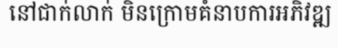
នៅជាក់លាក់ មិនក្រោមគំនាបការអភិវឌ្ឍ